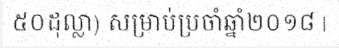
៥០ដុល្លា) សម្រាប់ប្រចាំឆ្នាំ២០១៨ |